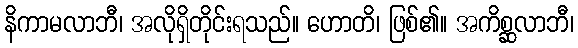
နိကာမလာဘီ၊ အလိုရှိတိုင်းရသည်။ ဟောတိ၊ ဖြစ်၏။ အကိစ္ဆလာဘီ၊